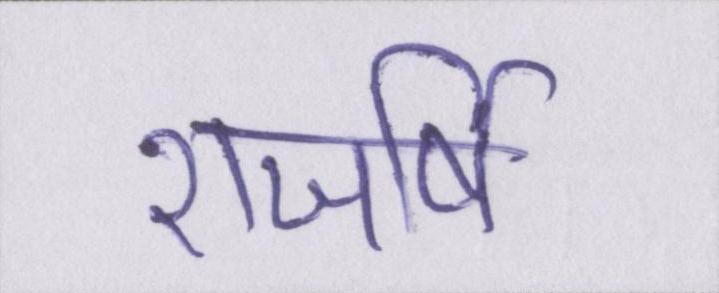
राजर्षि